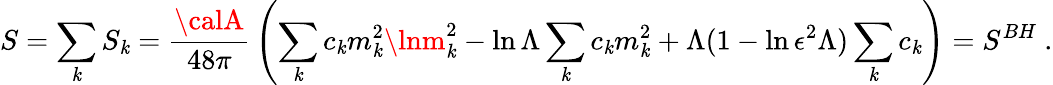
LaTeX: S=\sum_{\mathit{k}}S_{\mathit{k}}={\frac{{\calA}}{{48\pi}}}\left(\sum_{\mathit{k}}c_{\mathit{k}}m_{\mathit{k}}^{2}\lnm_{\mathit{k}}^{2}-\ln\Lambda\sum_{\mathit{k}}c_{\mathit{k}}m_{\mathit{k}}^{2}+\Lambda(1-\ln\epsilon^{2}\Lambda)\sum_{\mathit{k}}c_{\mathit{k}}\right)=S^{BH}~.